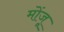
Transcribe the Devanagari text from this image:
मोंजू